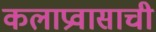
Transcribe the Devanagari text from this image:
कलाप्रवासाची